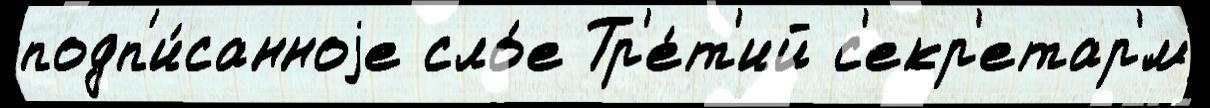
подп'и́санноjе сло́е Тр'е́т'ий с'екр'етар'́м